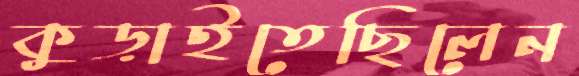
কুড়াইতেছিলেন